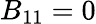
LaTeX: B_{11}=0